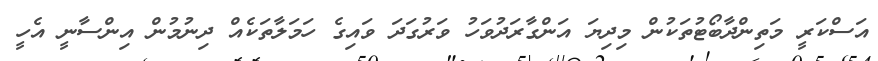
އަސްކަރީ މަތިންދާބޯޓުތަކުން މިދިޔަ އަންގާރަދުވަހު ވަރުގަދަ ވައިގެ ހަމަލާތަކެއް ދިނުމުން އިންސާނީ އެހީ